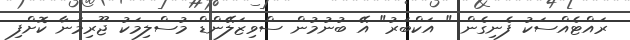
ރައްޓެއްސަކު ފެނިގެން " އަކްބަރު" އޭ ބުނުމުން ސްވިޒަލޭންޑް މުސްލިމަކު ޖޫރިމަނާ ކޮށްފި